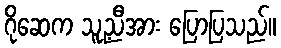
ဂိုဆေက သူ့ညီအား ပြောပြသည်။